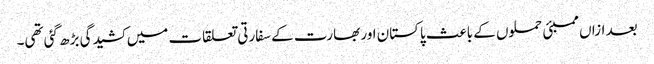
بعد ازاں ممبئی حملوں کے باعث پاکستان اور بھارت کے سفارتی تعلقات میں کشیدگی بڑھ گئی تھی۔